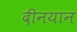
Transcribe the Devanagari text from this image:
दीनयान